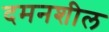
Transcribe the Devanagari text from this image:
दमनशील